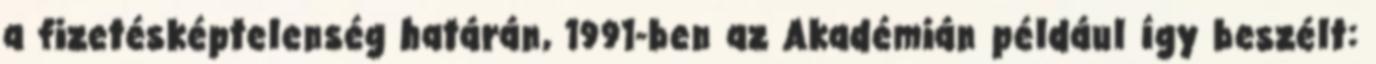
a fizetésképtelenség határán, 1991-ben az Akadémián például így beszélt: